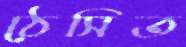
ঠেসিত